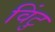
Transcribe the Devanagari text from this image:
विंटु